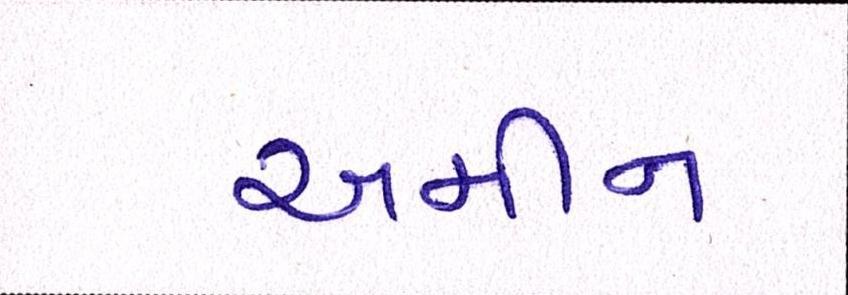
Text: અમીન